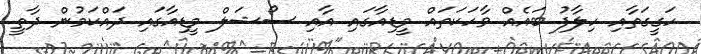
ހަގީގަތާއި ހިލާފު ބައެއް ވާހަކަތައް މީޑިއާގައި އާއި ސޯޝަލް މީޑިއާގައި ދައްކަމުން ދާތީ